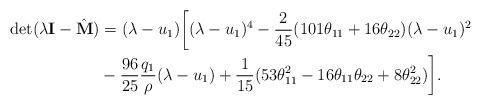
\begin{align*}\mathrm{det}(\lambda {\bf I} - \hat{\bf M}) &= (\lambda - u_1) \bigg[ (\lambda - u_1)^4 - \frac{2}{45} (101 \theta_{11} + 16 \theta_{22}) (\lambda-u_1)^2 \\& -\frac{96}{25} \frac{q_1}{\rho} (\lambda - u_1) + \frac{1}{15} (53\theta_{11}^2 - 16 \theta_{11} \theta_{22} + 8 \theta_{22}^2) \bigg].\end{align*}